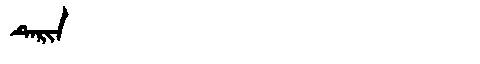
Manchu: ᡨᡝᡵᡳᠨ
Romanization: TERIN